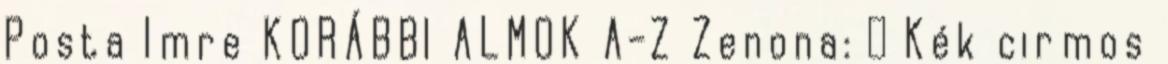
Posta Imre KORÁBBI ALMOK A-Z Zenona: ♀ Kék cirmos